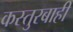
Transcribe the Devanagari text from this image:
कस्तुरबाही